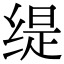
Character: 缇